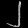
Digit: ၂